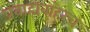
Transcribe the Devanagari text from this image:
प्रवाहाबाहेरच